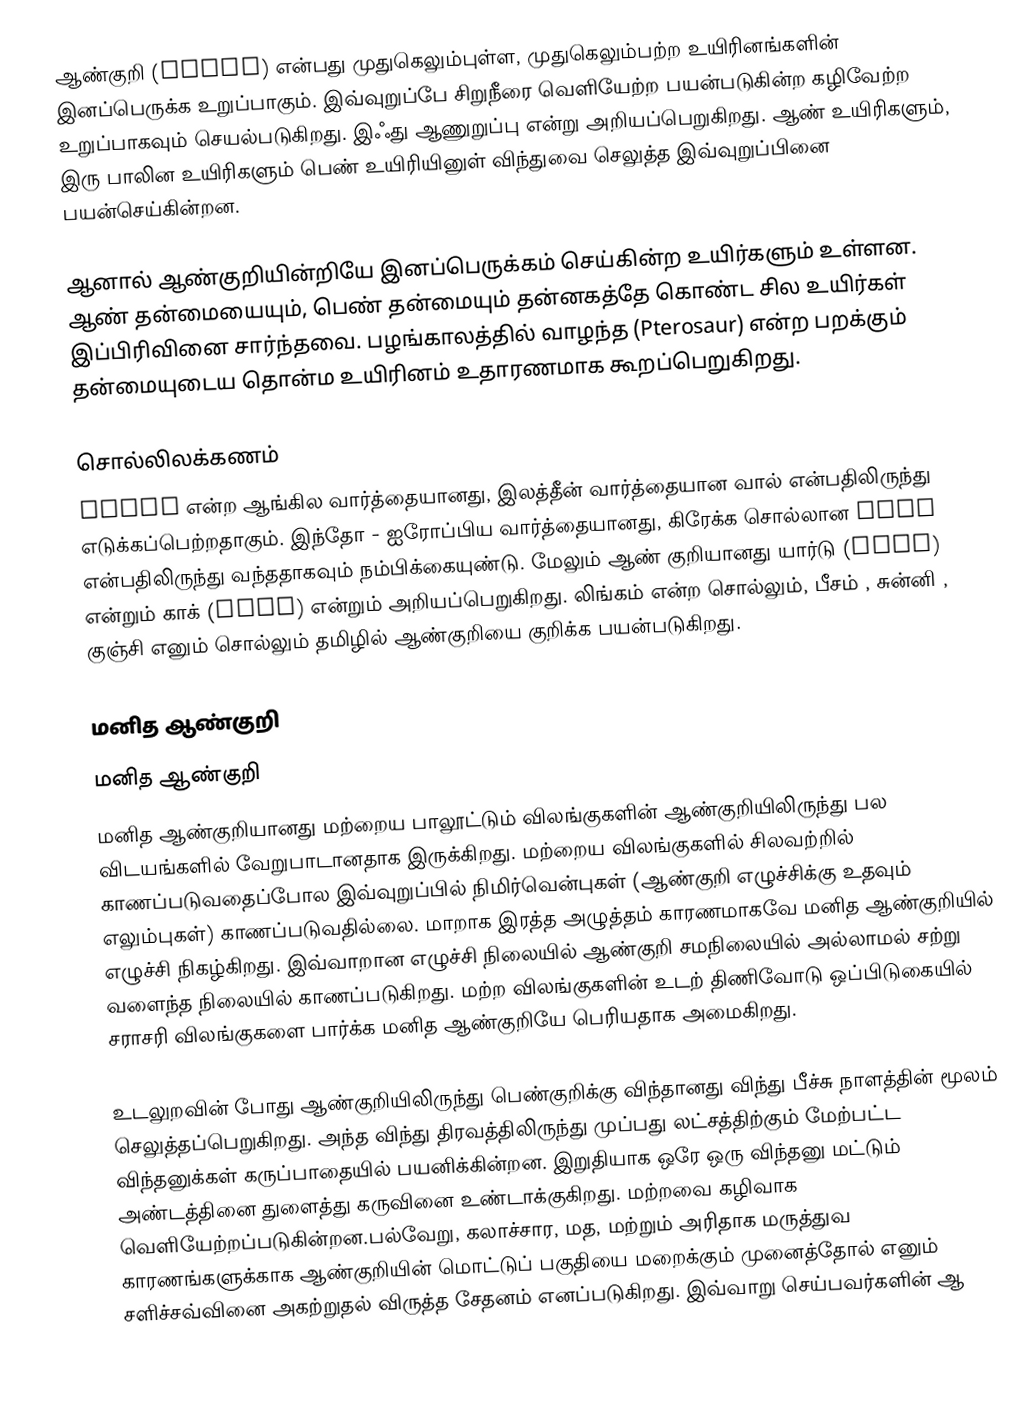
ஆண்குறி (Penis) என்பது முதுகெலும்புள்ள, முதுகெலும்பற்ற உயிரினங்களின் இனப்பெருக்க உறுப்பாகும். இவ்வுறுப்பே சிறுநீரை வெளியேற்ற பயன்படுகின்ற கழிவேற்ற உறுப்பாகவும் செயல்படுகிறது. இஃது ஆணுறுப்பு என்று அறியப்பெறுகிறது. ஆண் உயிரிகளும், இரு பாலின உயிரிகளும் பெண் உயிரியினுள் விந்துவை செலுத்த இவ்வுறுப்பினை பயன்செய்கின்றன.

ஆனால் ஆண்குறியின்றியே இனப்பெருக்கம் செய்கின்ற உயிர்களும் உள்ளன. ஆண் தன்மையையும், பெண் தன்மையும் தன்னகத்தே கொண்ட சில உயிர்கள் இப்பிரிவினை சார்ந்தவை. பழங்காலத்தில் வாழந்த (Pterosaur) என்ற பறக்கும் தன்மையுடைய தொன்ம உயிரினம் உதாரணமாக கூறப்பெறுகிறது.

சொல்லிலக்கணம்
penis என்ற ஆங்கில வார்த்தையானது, இலத்தீன் வார்த்தையான வால் என்பதிலிருந்து எடுக்கப்பெற்றதாகும். இந்தோ - ஐரோப்பிய வார்த்தையானது, கிரேக்க சொல்லான πέος என்பதிலிருந்து வந்ததாகவும் நம்பிக்கையுண்டு. மேலும் ஆண் குறியானது யார்டு (yard) என்றும் காக் (cock) என்றும் அறியப்பெறுகிறது. லிங்கம் என்ற சொல்லும், பீசம் , சுன்னி , குஞ்சி எனும் சொல்லும் தமிழில் ஆண்குறியை குறிக்க பயன்படுகிறது.

மனித ஆண்குறி
மனித ஆண்குறி
மனித ஆண்குறியானது மற்றைய பாலூட்டும் விலங்குகளின் ஆண்குறியிலிருந்து பல விடயங்களில் வேறுபாடானதாக இருக்கிறது. மற்றைய விலங்குகளில் சிலவற்றில் காணப்படுவதைப்போல இவ்வுறுப்பில் நிமிர்வென்புகள் (ஆண்குறி எழுச்சிக்கு உதவும் எலும்புகள்) காணப்படுவதில்லை. மாறாக இரத்த அழுத்தம் காரணமாகவே மனித ஆண்குறியில் எழுச்சி நிகழ்கிறது. இவ்வாறான எழுச்சி நிலையில் ஆண்குறி சமநிலையில் அல்லாமல் சற்று வளைந்த நிலையில் காணப்படுகிறது. மற்ற விலங்குகளின் உடற் திணிவோடு ஒப்பிடுகையில் சராசரி விலங்குகளை பார்க்க மனித ஆண்குறியே பெரியதாக அமைகிறது.

உடலுறவின் போது ஆண்குறியிலிருந்து பெண்குறிக்கு விந்தானது விந்து பீச்சு நாளத்தின் மூலம் செலுத்தப்பெறுகிறது. அந்த விந்து திரவத்திலிருந்து முப்பது லட்சத்திற்கும் மேற்பட்ட விந்தனுக்கள் கருப்பாதையில் பயனிக்கின்றன. இறுதியாக ஒரே ஒரு விந்தனு மட்டும் அண்டத்தினை துளைத்து கருவினை உண்டாக்குகிறது. மற்றவை கழிவாக வெளியேற்றப்படுகின்றன.பல்வேறு, கலாச்சார, மத, மற்றும் அரிதாக மருத்துவ காரணங்களுக்காக ஆண்குறியின் மொட்டுப் பகுதியை மறைக்கும் முனைத்தோல் எனும் சளிச்சவ்வினை அகற்றுதல் விருத்த சேதனம் எனப்படுகிறது. இவ்வாறு செய்பவர்களின் ஆ